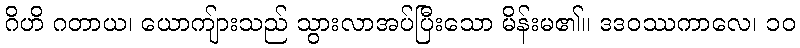
ဂိဟိ ဂတာယ၊ ယောကျ်ားသည် သွားလာအပ်ပြီးသော မိန်းမ၏။ ဒဒဝဿကာလေ၊ ၁၀